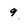
Character: 9